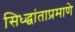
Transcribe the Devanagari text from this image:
सिध्द्धांताप्रमाणे